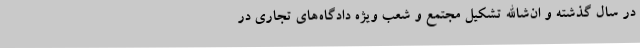
در سال گذشته و ان‌شاالله تشکیل مجتمع و شعب ویژه دادگاه‌های تجاری در